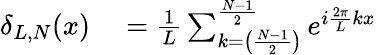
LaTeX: \begin{array}{rl}{\delta_{L,N}(x)}&{{}=\frac{1}{L}\sum_{k=\left(\frac{N-1}{2}\right)}^{\frac{N-1}{2}}e^{i\frac{2\pi}{L}kx}}\end{array}